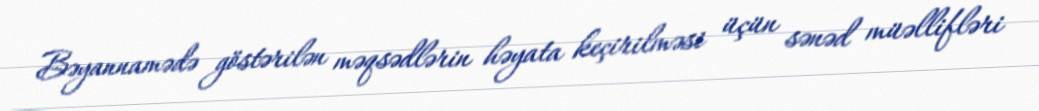
Bəyannamədə göstərilən məqsədlərin həyata keçirilməsi üçün sənəd müəllifləri